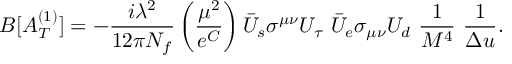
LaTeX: B [ A _ { T } ^ { ( 1 ) } ] = - { \frac { i \lambda ^ { 2 } } { 1 2 \pi N _ { f } } } \left( { \frac { \mu ^ { 2 } } { e ^ { C } } } \right) \bar { U } _ { s } \sigma ^ { \mu \nu } U _ { \tau } \ \bar { U } _ { e } \sigma _ { \mu \nu } U _ { d } \ { \frac { 1 } { M ^ { 4 } } } \ { \frac { 1 } { \Delta u } } .